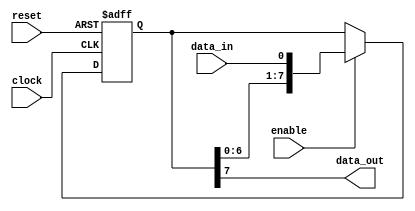
module SISO_shift_register (
  input clock,
  input reset,
  input enable,
  input data_in,
  output data_out
);

  reg [7:0] shift_reg; // Define an 8-bit shift register

  always @(posedge clock or posedge reset) begin
    if (reset) begin
      shift_reg <= 8'b0; // Clear the shift register on reset
    end else if (enable) begin
      shift_reg <= {shift_reg[6:0], data_in}; // Shift data into the register
    end
  end

  assign data_out = shift_reg[7]; // Output data from the shift register

endmodule